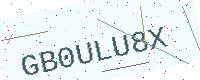
Text: GB0ULU8X